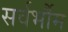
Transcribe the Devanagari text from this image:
सर्वर्भौम